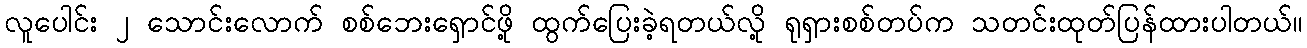
လူပေါင်း ၂ သောင်းလောက် စစ်ဘေးရှောင်ဖို့ ထွက်ပြေးခဲ့ရတယ်လို့ ရုရှားစစ်တပ်က သတင်းထုတ်ပြန်ထားပါတယ်။